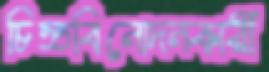
চিত্তবিনোদনকারী